画像に写った文字を読んでください
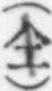
「(仝)」と書いてあります